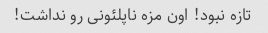
تازه نبود! اون مزه ناپلئونی رو نداشت!